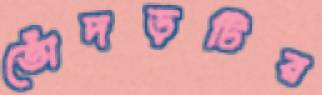
ভোঁদড়টির